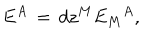
E ^ { A } \, = \, d z ^ { M } { { E _ { M } } ^ { A } } ,